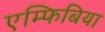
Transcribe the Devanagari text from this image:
एम्फिबिया